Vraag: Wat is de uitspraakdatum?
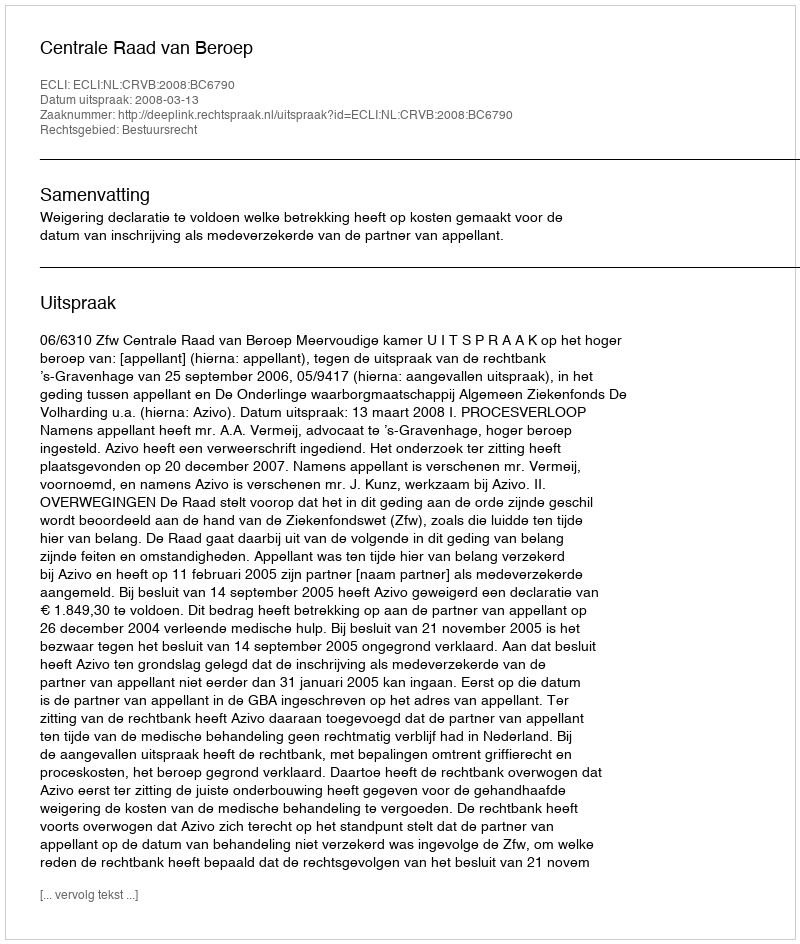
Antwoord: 2008-03-13